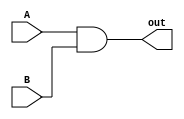
`timescale 1ns / 1ps

module AndGatePCSrc
(
    input A, B,
    output out
);
    and(out, A, B);
endmodule